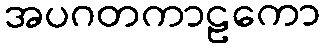
အပဂတကာဠကော